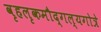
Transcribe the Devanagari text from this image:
वृहलृकमौद्गल्यगोत्रे